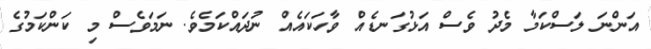
އަންނަ ލަސްކަމާ މެދު ވެސް އަޅުގަނޑެއް ވާހަކައެއް ނުދައްކަމެވެ. ނަމަވެސް މި ކަންކަމުގެ